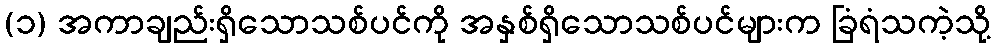
(၁) အကာချည်းရှိသောသစ်ပင်ကို အနှစ်ရှိသောသစ်ပင်များက ခြံရံသကဲ့သို့